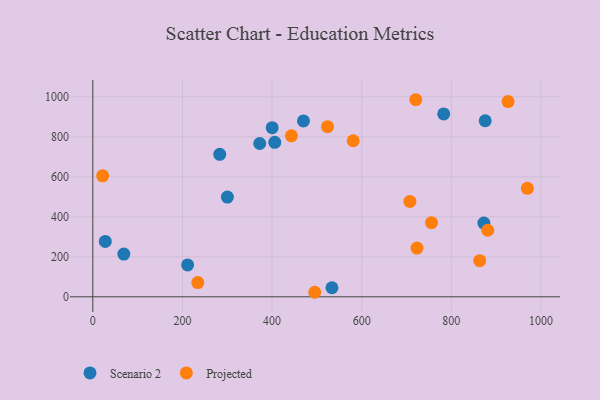
{"axis": {"x": "Ad Spend", "y": "Rating"}, "legend": ["Projected", "Scenario 2"], "data": [{"x": "69.2", "y": 213.6, "type": "Scenario 2"}, {"x": "406.0", "y": 772.0, "type": "Scenario 2"}, {"x": "372.4", "y": 766.4, "type": "Scenario 2"}, {"x": "211.5", "y": 159.1, "type": "Scenario 2"}, {"x": "283.2", "y": 712.3, "type": "Scenario 2"}, {"x": "875.5", "y": 880.0, "type": "Scenario 2"}, {"x": "533.6", "y": 45.1, "type": "Scenario 2"}, {"x": "782.9", "y": 914.1, "type": "Scenario 2"}, {"x": "470.0", "y": 879.4, "type": "Scenario 2"}, {"x": "400.2", "y": 845.5, "type": "Scenario 2"}, {"x": "872.5", "y": 368.6, "type": "Scenario 2"}, {"x": "27.8", "y": 276.6, "type": "Scenario 2"}, {"x": "300.3", "y": 498.3, "type": "Scenario 2"}, {"x": "755.7", "y": 370.6, "type": "Projected"}, {"x": "881.2", "y": 332.8, "type": "Projected"}, {"x": "443.2", "y": 804.8, "type": "Projected"}, {"x": "723.3", "y": 243.8, "type": "Projected"}, {"x": "523.7", "y": 850.3, "type": "Projected"}, {"x": "863.3", "y": 180.8, "type": "Projected"}, {"x": "234.2", "y": 71.2, "type": "Projected"}, {"x": "720.6", "y": 985.2, "type": "Projected"}, {"x": "926.6", "y": 975.9, "type": "Projected"}, {"x": "495.1", "y": 22.6, "type": "Projected"}, {"x": "707.5", "y": 476.7, "type": "Projected"}, {"x": "969.6", "y": 542.3, "type": "Projected"}, {"x": "581.0", "y": 780.2, "type": "Projected"}, {"x": "21.9", "y": 604.8, "type": "Projected"}]}